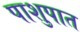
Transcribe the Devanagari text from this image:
पाशुपात